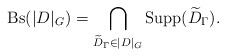
LaTeX: \begin{align*}\mathrm{Bs}(|D|_{G}) = \bigcap_{\widetilde{D}_{\Gamma} \in |D|_{G}}\mathrm{Supp}(\widetilde{D}_{\Gamma}).\end{align*}